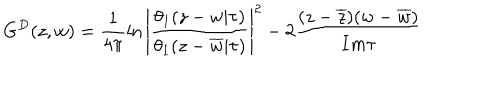
G ^ { D } ( z , w ) = \frac { 1 } { 4 \pi } \ln \left| \frac { \theta _ { 1 } ( z - w | \tau ) } { \theta _ { 1 } ( z - \overline { { { w } } } | \tau ) } \right| ^ { 2 } - 2 \frac { ( z - \overline { { { z } } } ) ( w - \overline { { { w } } } ) } { I m \tau }